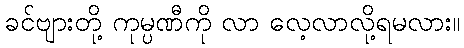
ခင်ဗျားတို့ ကုမ္ပဏီကို လာ လေ့လာလို့ရမလား။